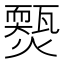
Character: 𤐱